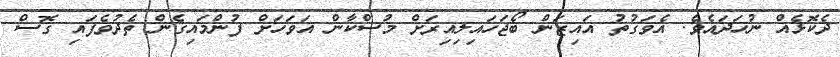
ދެކޮޅެއް ނުހަދައެވެ. އެވަގުތު އައިޒަން ބޯޖަހައިލިއިރަށް މުސްކާން އަވަހަށް ފުންމައިގެން ތެދުވެފައި ގޮސް